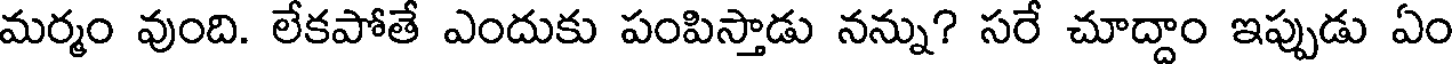
మర్మం వుంది. లేకపోతే ఎందుకు పంపిస్తాడు నన్ను? సరే చూద్దాం ఇప్పుడు ఏం